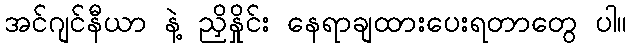
အင်ဂျင်နီယာ နဲ့ ညှိနှိုင်း နေရာချထားပေးရတာတွေ ပါ။